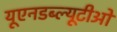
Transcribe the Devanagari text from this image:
यूएनडब्ल्यूटीओ